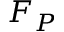
F _ { P }